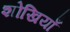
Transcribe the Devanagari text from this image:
शोखियाँ